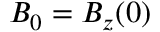
B _ { 0 } = B _ { z } ( 0 )